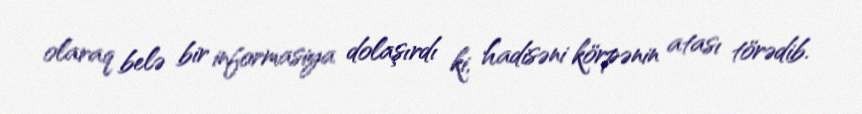
olaraq belə bir informasiya dolaşırdı ki, hadisəni körpənin atası törədib.